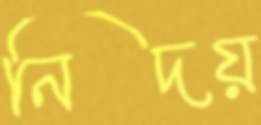
নিদয়